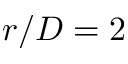
r / D = 2